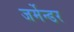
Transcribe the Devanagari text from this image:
जर्मेन्डर